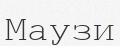
Маузи